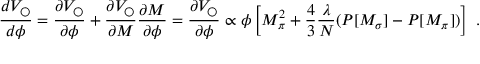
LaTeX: { \frac { d V _ { \bigcirc } } { d \phi } } = { \frac { \partial V _ { \bigcirc } } { \partial \phi } } + { \frac { \partial V _ { \bigcirc } } { \partial M } } { \frac { \partial M } { \partial \phi } } = { \frac { \partial V _ { \bigcirc } } { \partial \phi } } \propto \phi \left[ M _ { \pi } ^ { 2 } + { \frac { 4 } { 3 } } { \frac { \lambda } { N } } ( P [ M _ { \sigma } ] - P [ M _ { \pi } ] ) \right] ~ .